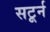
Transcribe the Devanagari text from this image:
सटूर्न